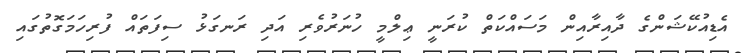
އެޑިއުކޭޝަންގެ ދާއިރާއިން މަސައްކަތް ކުރަނީ ޢިލްމީ ހުނަރުވެރި އަދި ރަނގަޅު ސިފަތައް ފުރިހަމަގޮތުގައި